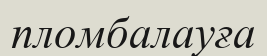
пломбалауға